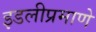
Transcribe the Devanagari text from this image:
इडलीप्रमाणे